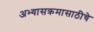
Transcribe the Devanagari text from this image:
अभ्यासक्रमासाठीचे